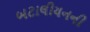
બટાલીયનની